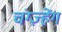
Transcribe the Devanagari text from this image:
चंग्ज़्हेंग